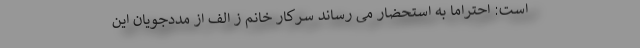
است: احتراماً به استحضار می رساند سرکار خانم ز الف از مددجویان این